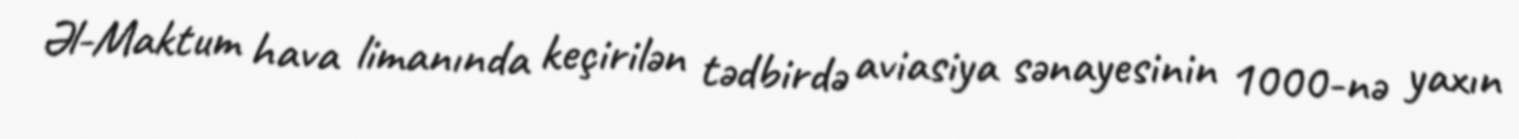
Əl-Maktum hava limanında keçirilən tədbirdə aviasiya sənayesinin 1000-nə yaxın